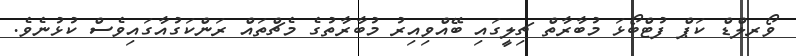
ވޯރލްޑް ކަޕް ފުޓްބޯޅަ މުބާރާތް ޗިލީގައި ބޭއްވިއިރު މުބާރާތުގެ މެޗްތައް ރަންކަގުއާގައިވެސް ކުޅުނެވެ.